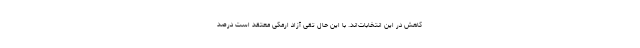
کاهش در این انتخابات‌اند. با این حال تقی آزاد ارمکی معتقد است درصد